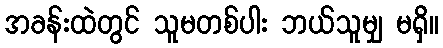
အခန်းထဲတွင် သူမတစ်ပါး ဘယ်သူမျှ မရှိ။